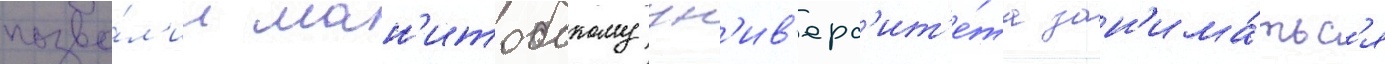
позво́л'ил ман'итобскому ун'ив'ерс'ит'е́та зан'има́тьс'я